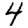
Digit: 4